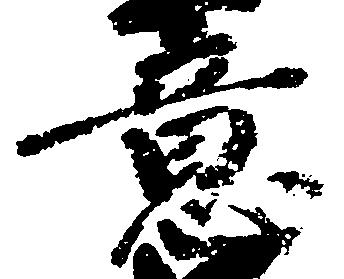
意